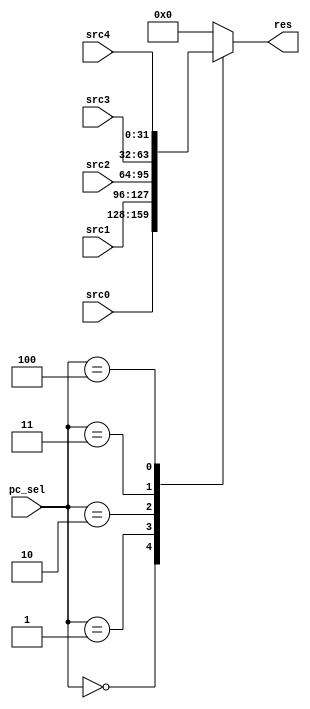
module PC_SEL_MUX (
	input [31:0] src0,src1,src2,src3,src4,
	input [2:0] pc_sel,
	output reg [31:0] res
);

	parameter NULL=32'h0;
	
	always @(*) 
	begin
		case(pc_sel)
			3'd0:	res=src0;
			3'd1:	res=src1;
			3'd2:	res=src2;
			3'd3:	res=src3;
			3'd4:	res=src4;
			default:res=NULL;
		endcase	
	end

endmodule